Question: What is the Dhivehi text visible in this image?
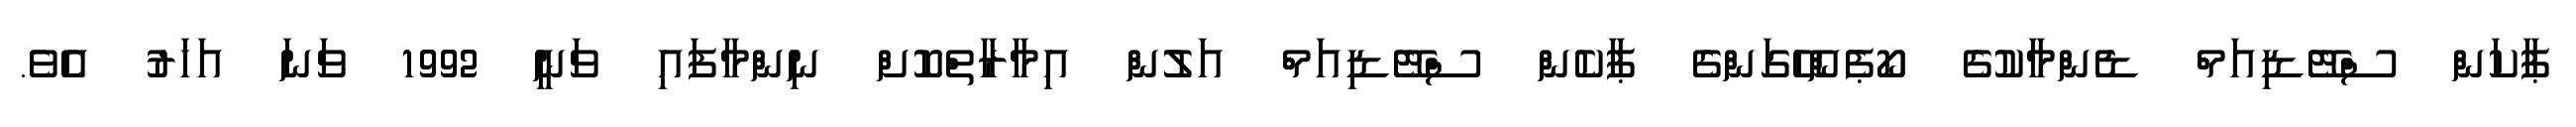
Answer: ޕާކަން ސްޓޭޑިއަމް ޑެންމާކުގެ ކޯޕެންހޭގަންގެ ޕާކެން ސްޓޭޑިއަމް އަލުން އިމާރާތްކޮށް ނިންމާފައި ވަނީ 1992 ވަނަ އަހަރު އެވެ.